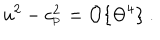
u ^ { 2 } - c _ { _ \mathrm { P } } ^ { 2 } = { \cal O } \{ \Theta ^ { 4 } \} \ .